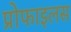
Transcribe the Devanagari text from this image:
प्रोफाइलस